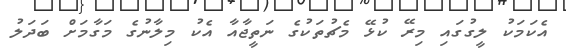
އެކަމަކު ލީގުގައި މިރޭ ކުޅޭ މެޗުތަކުގެ ނަތީޖާއާ އެކު މިލާނުގެ މަގާމަށް ބަދަލު